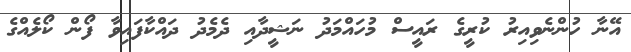
އޭނާ ހުންނެވިއިރު ކުރީގެ ރައީސް މުހައްމަދު ނަޝީދާއި ދެމެދު ދައްކާފައިވާ ފޯން ކޯލެއްގެ